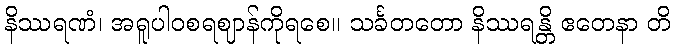
နိဿရဏံ၊ အရူပါဝစရဈာန်ကိုရစေ။ သင်္ခတတော နိဿရန္တိ ဧတေနာ တိ